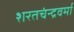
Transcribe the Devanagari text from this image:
शरतचंन्द्रवर्मा